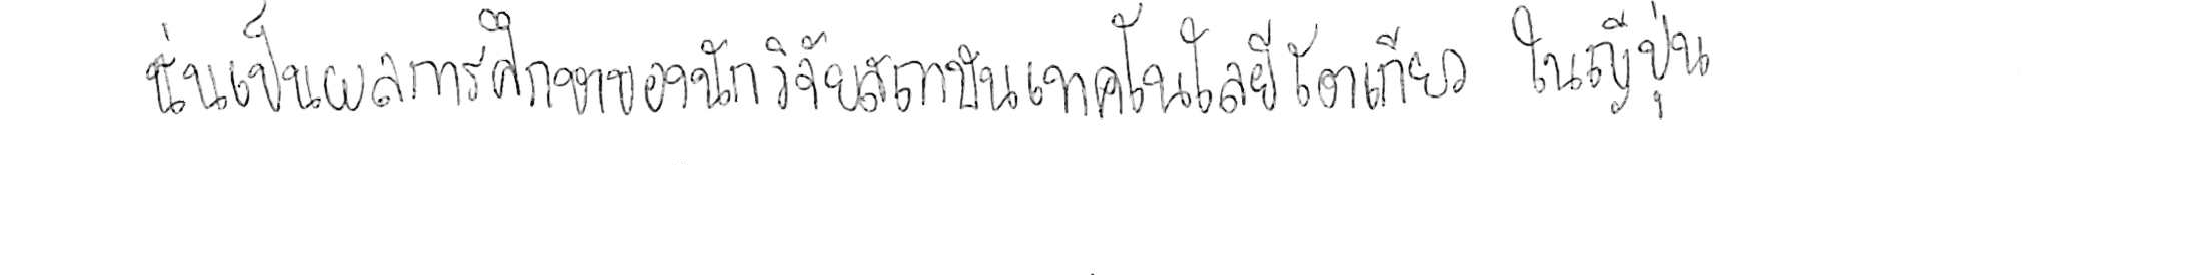
นั่นเป็นผลการศึกษาของนักวิจัยสถาบันเทคโนโลยีโตเกียว ในญี่ปุ่น